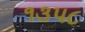
૧૩૫૮